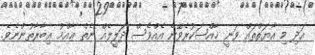
އަދި މި އާޔަތްތައް ވަނީ ޚާއްޞަކުރެވޭނެ އެއްވެސް ދަލީލެއް ނެތް ޢާއްމު ޢިބާރާތުންނެވެ.